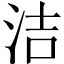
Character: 洁